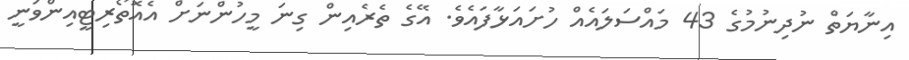
އިނާޔަތް ނުދިނުމުގެ 43 މައްސަލައެއް ހުށައަޅާފައެވެ. އޭގެ ތެރެއިން ގިނަ މީހުންނަށް އެއޮތޯރިޓީއިންވަނީ